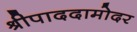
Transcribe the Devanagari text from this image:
श्रीपाददामोदर